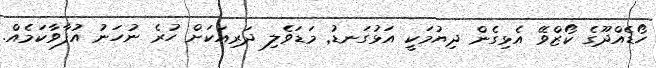
ހޯޑެއްދޫގެ ކޯޒްވޭ އެޅިގެން ދިޔުމަކީ އަޅުގަނޑު